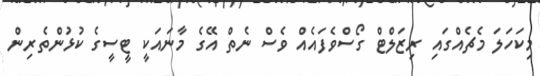
މިކަހަލަ މެޗެއްގައި ރިޒަލްޓް ގޯސްވެފައެއް ވެސް ނެތް އޭގެ މާނައަކީ ޓީސީގެ ކުޅުންތެރިން